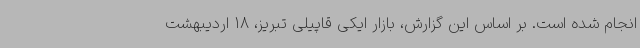
انجام شده است. بر اساس این گزارش، بازار ایکی قاپیلی تبریز، 18 اردیبهشت